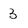
Character: 3